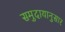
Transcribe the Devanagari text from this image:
समुदायानुसार